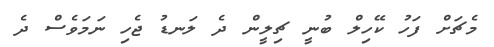
މެޗަށް ފަހު ކޭހިލް ބުނީ ޗިލީން ދެ ލަނޑު ޖެހި ނަމަވެސް ދެ